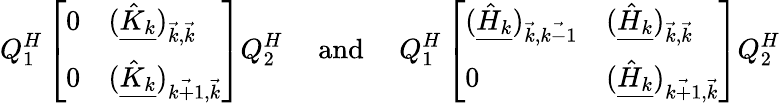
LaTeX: Q_{1}^{H}\left[\begin{array}{ll}{0}&{(\underline{{\hat{K}_{k}}})_{\vec{k},\vec{k}}}\\ {0}&{(\underline{{\hat{K}_{k}}})_{\vec{k+1},\vec{k}}}\end{array}\right]Q_{2}^{H}\quad\mathrm{~and~}\quad Q_{1}^{H}\left[\begin{array}{ll}{(\underline{{\hat{H}_{k}}})_{\vec{k},\vec{k-1}}}&{(\underline{{\hat{H}_{k}}})_{\vec{k},\vec{k}}}\\ {0}&{(\underline{{\hat{H}_{k}}})_{\vec{k+1},\vec{k}}}\end{array}\right]Q_{2}^{H}